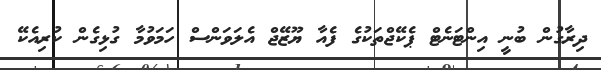
ދިރާގުން ބުނީ އިންޓަނެޓް ޕެކޭޖްތަކުގެ ފެއާ ޔޫޒޭޖް އެލަވަންސް ހަމަވުމާ ގުޅިގެން ކުރިއެކޭ